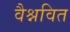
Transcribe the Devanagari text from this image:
वैश्नवित